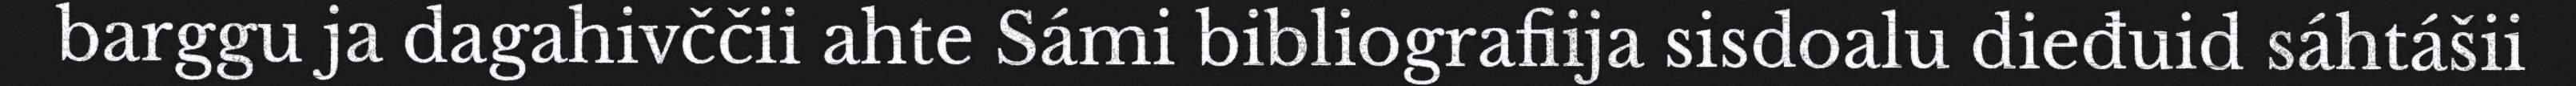
barggu ja dagahivččii ahte Sámi bibliografiija sisdoalu dieđuid sáhtášii